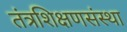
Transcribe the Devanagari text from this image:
तंत्रशिक्षणसंस्था